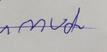
Signature authenticity: forged